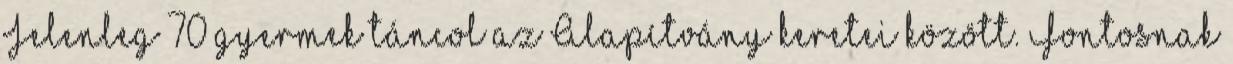
Jelenleg 70 gyermek táncol az Alapítvány keretei között. Fontosnak